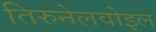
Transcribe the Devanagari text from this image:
तिरुनेलवोइल